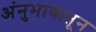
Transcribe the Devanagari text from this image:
अंनुभावातून